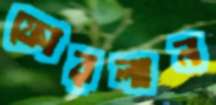
ফোরলান